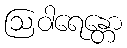
ဩဝါရေန္တော